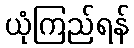
ယုံကြည်ရန်